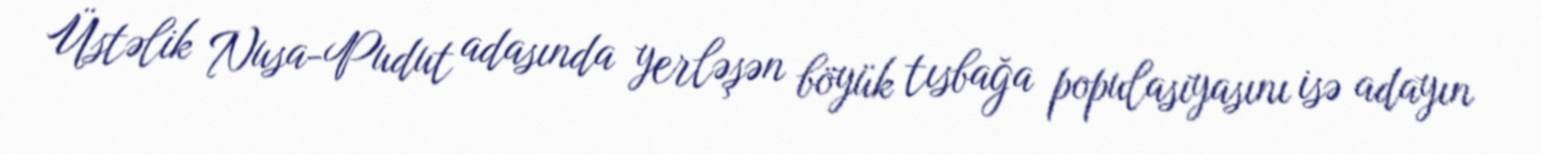
Üstəlik Nusa-Pudut adasında yerləşən böyük tısbağa populasiyasını isə adayın